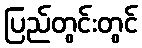
ပြည်တွင်းတွင်